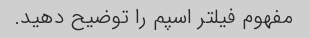
مفهوم فیلتر اسپم را توضیح دهید.